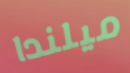
ميلندا